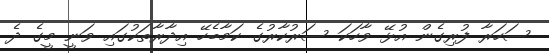
ސަހަރާ ފުރިގެން އުޅޭ ވާހަކަ ސަރުކާރުގެ ކަމާބެހޭ އިދާރާތަކުގައި ވަނީ މީގެ ދެ